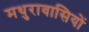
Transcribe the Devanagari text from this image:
मथुरावासियों